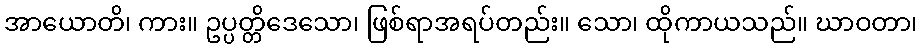
အာယောတိ၊ ကား။ ဥပ္ပတ္တိဒေသော၊ ဖြစ်ရာအရပ်တည်း။ သော၊ ထိုကာယသည်။ ဃာဝတာ၊